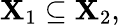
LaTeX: \mathbf{X}_{1}\subseteq\mathbf{X}_{2},